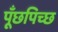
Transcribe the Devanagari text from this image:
पूँछपिच्छ